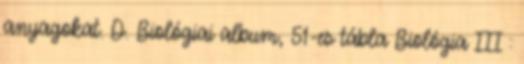
anyagokat. D. Biológiai album, 51-es tábla Biológia III :